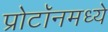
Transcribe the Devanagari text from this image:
प्रोटॉनमध्ये